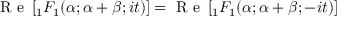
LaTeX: { \textrm { R e } } \left[ { } _ { 1 } F _ { 1 } ( \alpha ; \alpha + \beta ; i t ) \right] = { \textrm { R e } } \left[ { } _ { 1 } F _ { 1 } ( \alpha ; \alpha + \beta ; - i t ) \right]